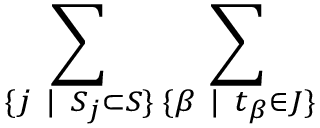
\sum _ { \{ j ~ | ~ S _ { j } \subset S \} } \sum _ { \{ \beta ~ | ~ t _ { \beta } \in J \} }